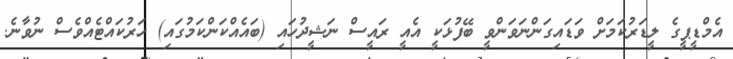
އެމްޑީޕީގެ ލީޑަރުކަމަށް ވަޑައިގަންނަވަންވީ ބޭފުޅަކީ އެއީ ރައީސް ނަޝީދުހައި (ބައެއްކަންކަމުގައި) ހަރުކައްޓެއްވެސް ނުވާނެ.